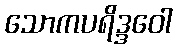
သောကပရိဒ္ဒဝေါ